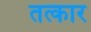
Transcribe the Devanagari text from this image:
तत्कार